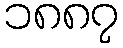
၁၈၈၇